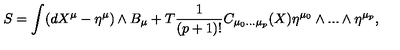
S = \int ( d X ^ { \mu } - \eta ^ { \mu } ) \wedge B _ { \mu } + T \frac { 1 } { ( p + 1 ) ! } C _ { \mu _ { 0 } . . . \mu _ { p } } ( X ) \eta ^ { \mu _ { 0 } } \wedge . . . \wedge \eta ^ { \mu _ { p } } ,